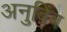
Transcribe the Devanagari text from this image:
अनुबिंब